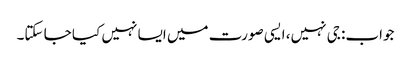
جواب: جی نہیں، ایسی صورت میں ایسا نہیں کیا جا سکتا۔